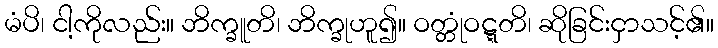
မံပိ၊ ငါ့ကိုလည်း။ ဘိက္ခူတိ၊ ဘိက္ခုဟူ၍။ ဝတ္တုံဝဋ္ဋတိ၊ ဆိုခြင်းငှာသင့်၏။